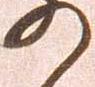
の